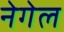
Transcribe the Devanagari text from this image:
नेगेल